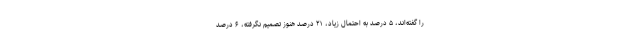
را گفته‌اند، ۵ درصد به احتمال زیاد، ۲۱ درصد هنوز تصمیم نگرفته، ۶ درصد